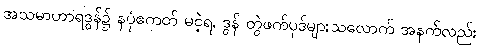
အသမာဟာရဒွန်၌ နပုံဧကတ် မငဲ့ရ, ဒွန် တွဲဖက်ပုဒ်များသလောက် အနက်လည်း